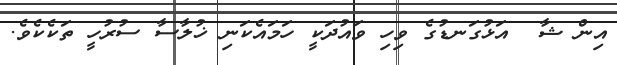
އިން ޝާ  އަޅުގަނޑުގެ ވިހި ވައުދަކީ ހަމައެކަނި ޚުލާސާ ސުރުހީ ތަކެކެވެ.